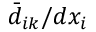
\bar { d } _ { i k } / d x _ { i }